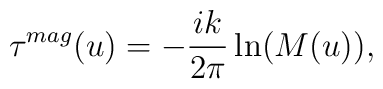
\tau^{mag}(u) = - \frac {ik}{2\pi} \ln (M(u)),